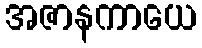
အဇာနကာယေ